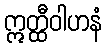
ဣတ္ထီဝါဟနံ